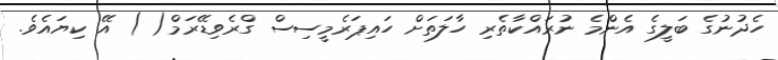
ހެދުނުގެ ބަލީގެ އެންމެ ނުރައްކާތެރި ހާލަތަށް ހައިޕަރެމީސިސް ގްރެވިޑޭރަމް( ) އޭ ކިޔައެވެ.